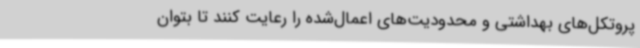
پروتکل‌های بهداشتی و محدودیت‌های اعمال‌شده را رعایت کنند تا بتوان